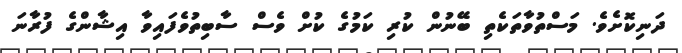
ދަނިކޮށެވެ. މަސްތުވާތަކެތި ބޭނުން ކުރި ކަމުގެ ކުށް ވެސް ސާބިތުވެފައިވާ އިޝާންގެ ފުރާނަ